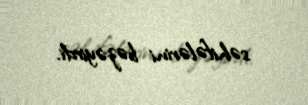
səhifələrini bəzəyirdi.